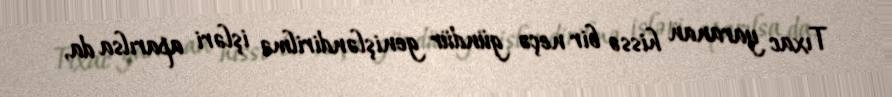
Tıxac yaranan hissə bir neçə gündür genişləndirilmə işləri aparılsa da,